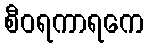
စီဝရကာရကေ